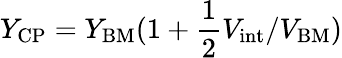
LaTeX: Y_{\mathrm{CP}}=Y_{\mathrm{BM}}(1+\frac{1}{2}V_{\mathrm{int}}/V_{\mathrm{BM}})